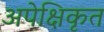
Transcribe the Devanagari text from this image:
अपेक्षिकृत